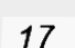
17